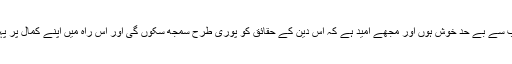
میں اس انتخاب سے بے حد خوش ہوں اور مجھے امید ہے کہ اس دین کے حقائق کو پوری طرح سمجھ سکوں گی اور اس راہ میں اپنے کمال پر پہنچ جاؤں گی ۔